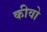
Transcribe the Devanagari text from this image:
कीवो